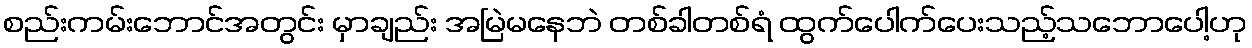
စည်းကမ်းဘောင်အတွင်း မှာချည်း အမြဲမနေဘဲ တစ်ခါတစ်ရံ ထွက်ပေါက်ပေးသည့်သဘောပေါ့ဟု